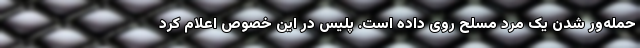
حمله‌ور شدن یک مَرد مسلح روی داده است. پلیس در این خصوص اعلام کرد